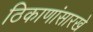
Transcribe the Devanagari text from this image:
ठिकाणांसारखे